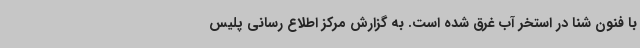
با فنون شنا در استخر آب غرق شده است. به گزارش مرکز اطلاع رسانی پلیس